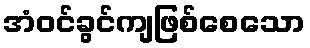
အံဝင်ခွင်ကျဖြစ်စေသော